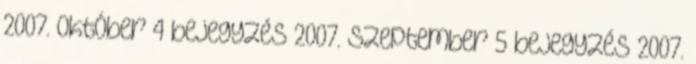
2007. október 4 bejegyzés 2007. szeptember 5 bejegyzés 2007.